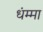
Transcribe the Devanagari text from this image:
धंम्मा